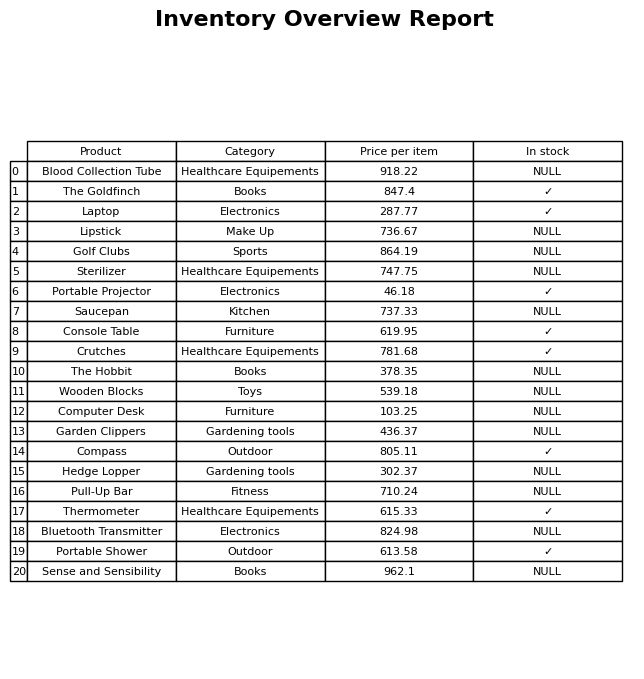
question: What is the stock status of the Blood Collection Tube?
answer: NULL